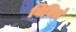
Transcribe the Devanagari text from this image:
विविधं